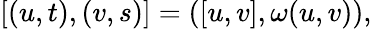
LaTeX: [(u,t),(v,s)]=([u,v],\omega(u,v)),